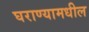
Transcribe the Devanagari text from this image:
घराण्यामधील